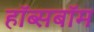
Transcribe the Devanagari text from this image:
हॉब्सबॉम